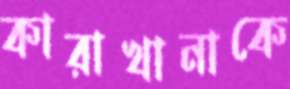
কারাখানাকে